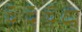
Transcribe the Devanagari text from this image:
६६६८